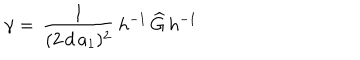
LaTeX: \gamma = \, \frac { 1 } { ( 2 \, d \, a _ { 1 } ) ^ { 2 } } \, h ^ { - 1 } \, \widehat { G } \, h ^ { - 1 }